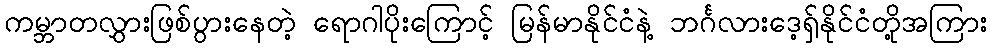
ကမ္ဘာတလွှားဖြစ်ပွားနေတဲ့ ရောဂါပိုးကြောင့် မြန်မာနိုင်ငံနဲ့ ဘင်္ဂလားဒေ့ရှ်နိုင်ငံတို့အကြား